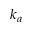
k _ { a }